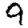
Digit: 9